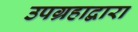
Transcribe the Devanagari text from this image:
उपग्रहाद्वारा